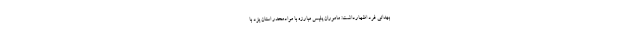
بهدانی فرد اظهارداشت: ماموران پلیس مبارزه با موادمخدر استان یزد با